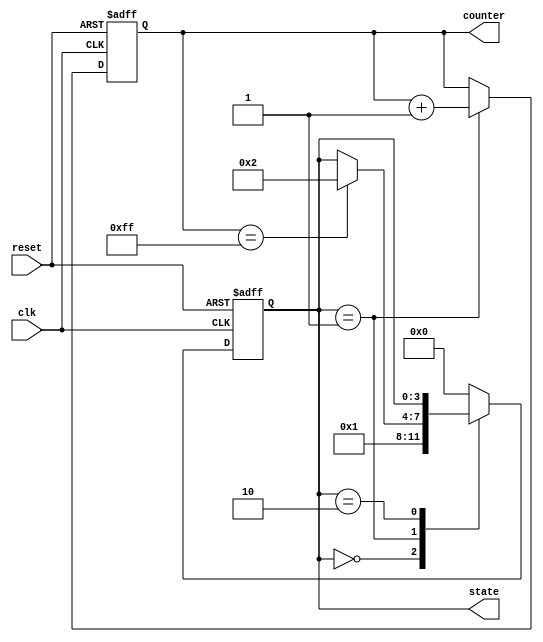
module InitializationBlockExample (
    input wire clk,
    input wire reset,
    output reg [3:0] state,
    output reg [7:0] counter
);

// Define states for a simple state machine
localparam STATE_IDLE = 4'b0000;
localparam STATE_ACTIVE = 4'b0001;
localparam STATE_DONE = 4'b0010;

// Initialization block
initial begin
    // Initialize state to IDLE
    state = STATE_IDLE;
    // Initialize counter to zero
    counter = 8'b00000000;
end

// Sequential logic to update state and counter
always @(posedge clk or posedge reset) begin
    if (reset) begin
        // Reset state and counter on reset signal
        state <= STATE_IDLE;
        counter <= 8'b00000000;
    end else begin
        // Simple state machine logic
        case (state)
            STATE_IDLE: begin
                // Transition to active state
                state <= STATE_ACTIVE;
            end
            STATE_ACTIVE: begin
                // Increment counter and check for condition to transition to DONE
                counter <= counter + 1;
                if (counter == 8'd255) begin
                    state <= STATE_DONE;
                end
            end
            STATE_DONE: begin
                // Remain in DONE state
                // Could add logic here to eventually reset
            end
            default: begin
                state <= STATE_IDLE; // Default case to avoid latches
            end
        endcase
    end
end

endmodule